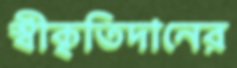
স্বীকৃতিদানের